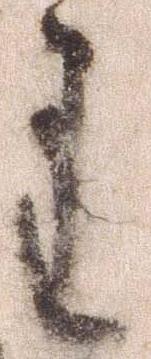
主